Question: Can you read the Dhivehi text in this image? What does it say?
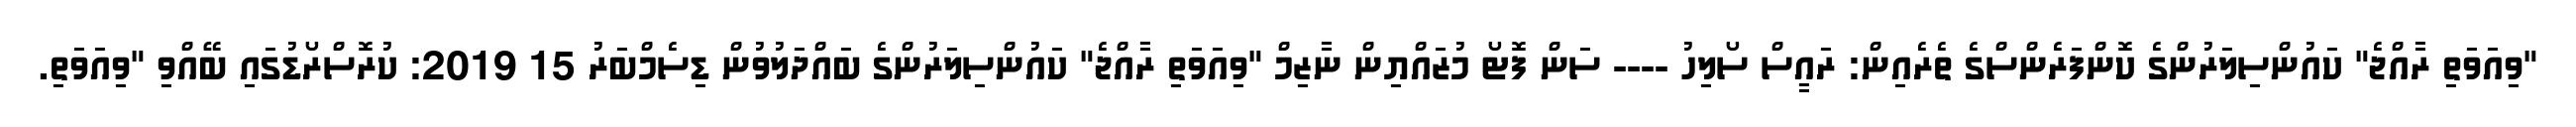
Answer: "ވިއަވަތި ރާއްޖެ" ކައުންސިލަރުންގެ ކޮންފަރެންސްގެ ތެރެއިން: ރައީސް ސޯލިހު ---- ސަން ފޮޓޯ މުޒައްޔިން ނާޒިމް "ވިއަވަތި ރާއްޖެ" ކައުންސިލަރުންގެ ބައްދަލުވުން ޑިސެމްބަރު 15 2019: ކުރޮސްރޯޑުގައި ބޭއްވި "ވިއަވަތި.